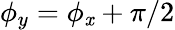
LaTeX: \phi_{y}=\phi_{\mathit{x}}+\pi/2